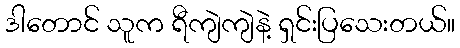
ဒါတောင် သူက ရီကျဲကျဲနဲ့ ရှင်းပြသေးတယ်။